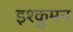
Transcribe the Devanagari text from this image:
इश्कुमन